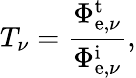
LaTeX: T_{\nu}={\frac{\Phi_{\mathrm{e},\nu}^{\mathrm{t}}}{\Phi_{\mathrm{e},\nu}^{\mathrm{i}}}},